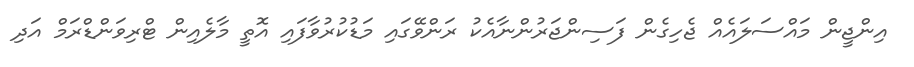
އިންޖީން މައްސަލައެއް ޖެހިގެން ފަސިންޖަރުންނާއެކު ރަންވޭގައި މަޑުކުރުވާފައި އޮތީ މާލެއިން ޓްރިވަންޑްރަމް އަދި